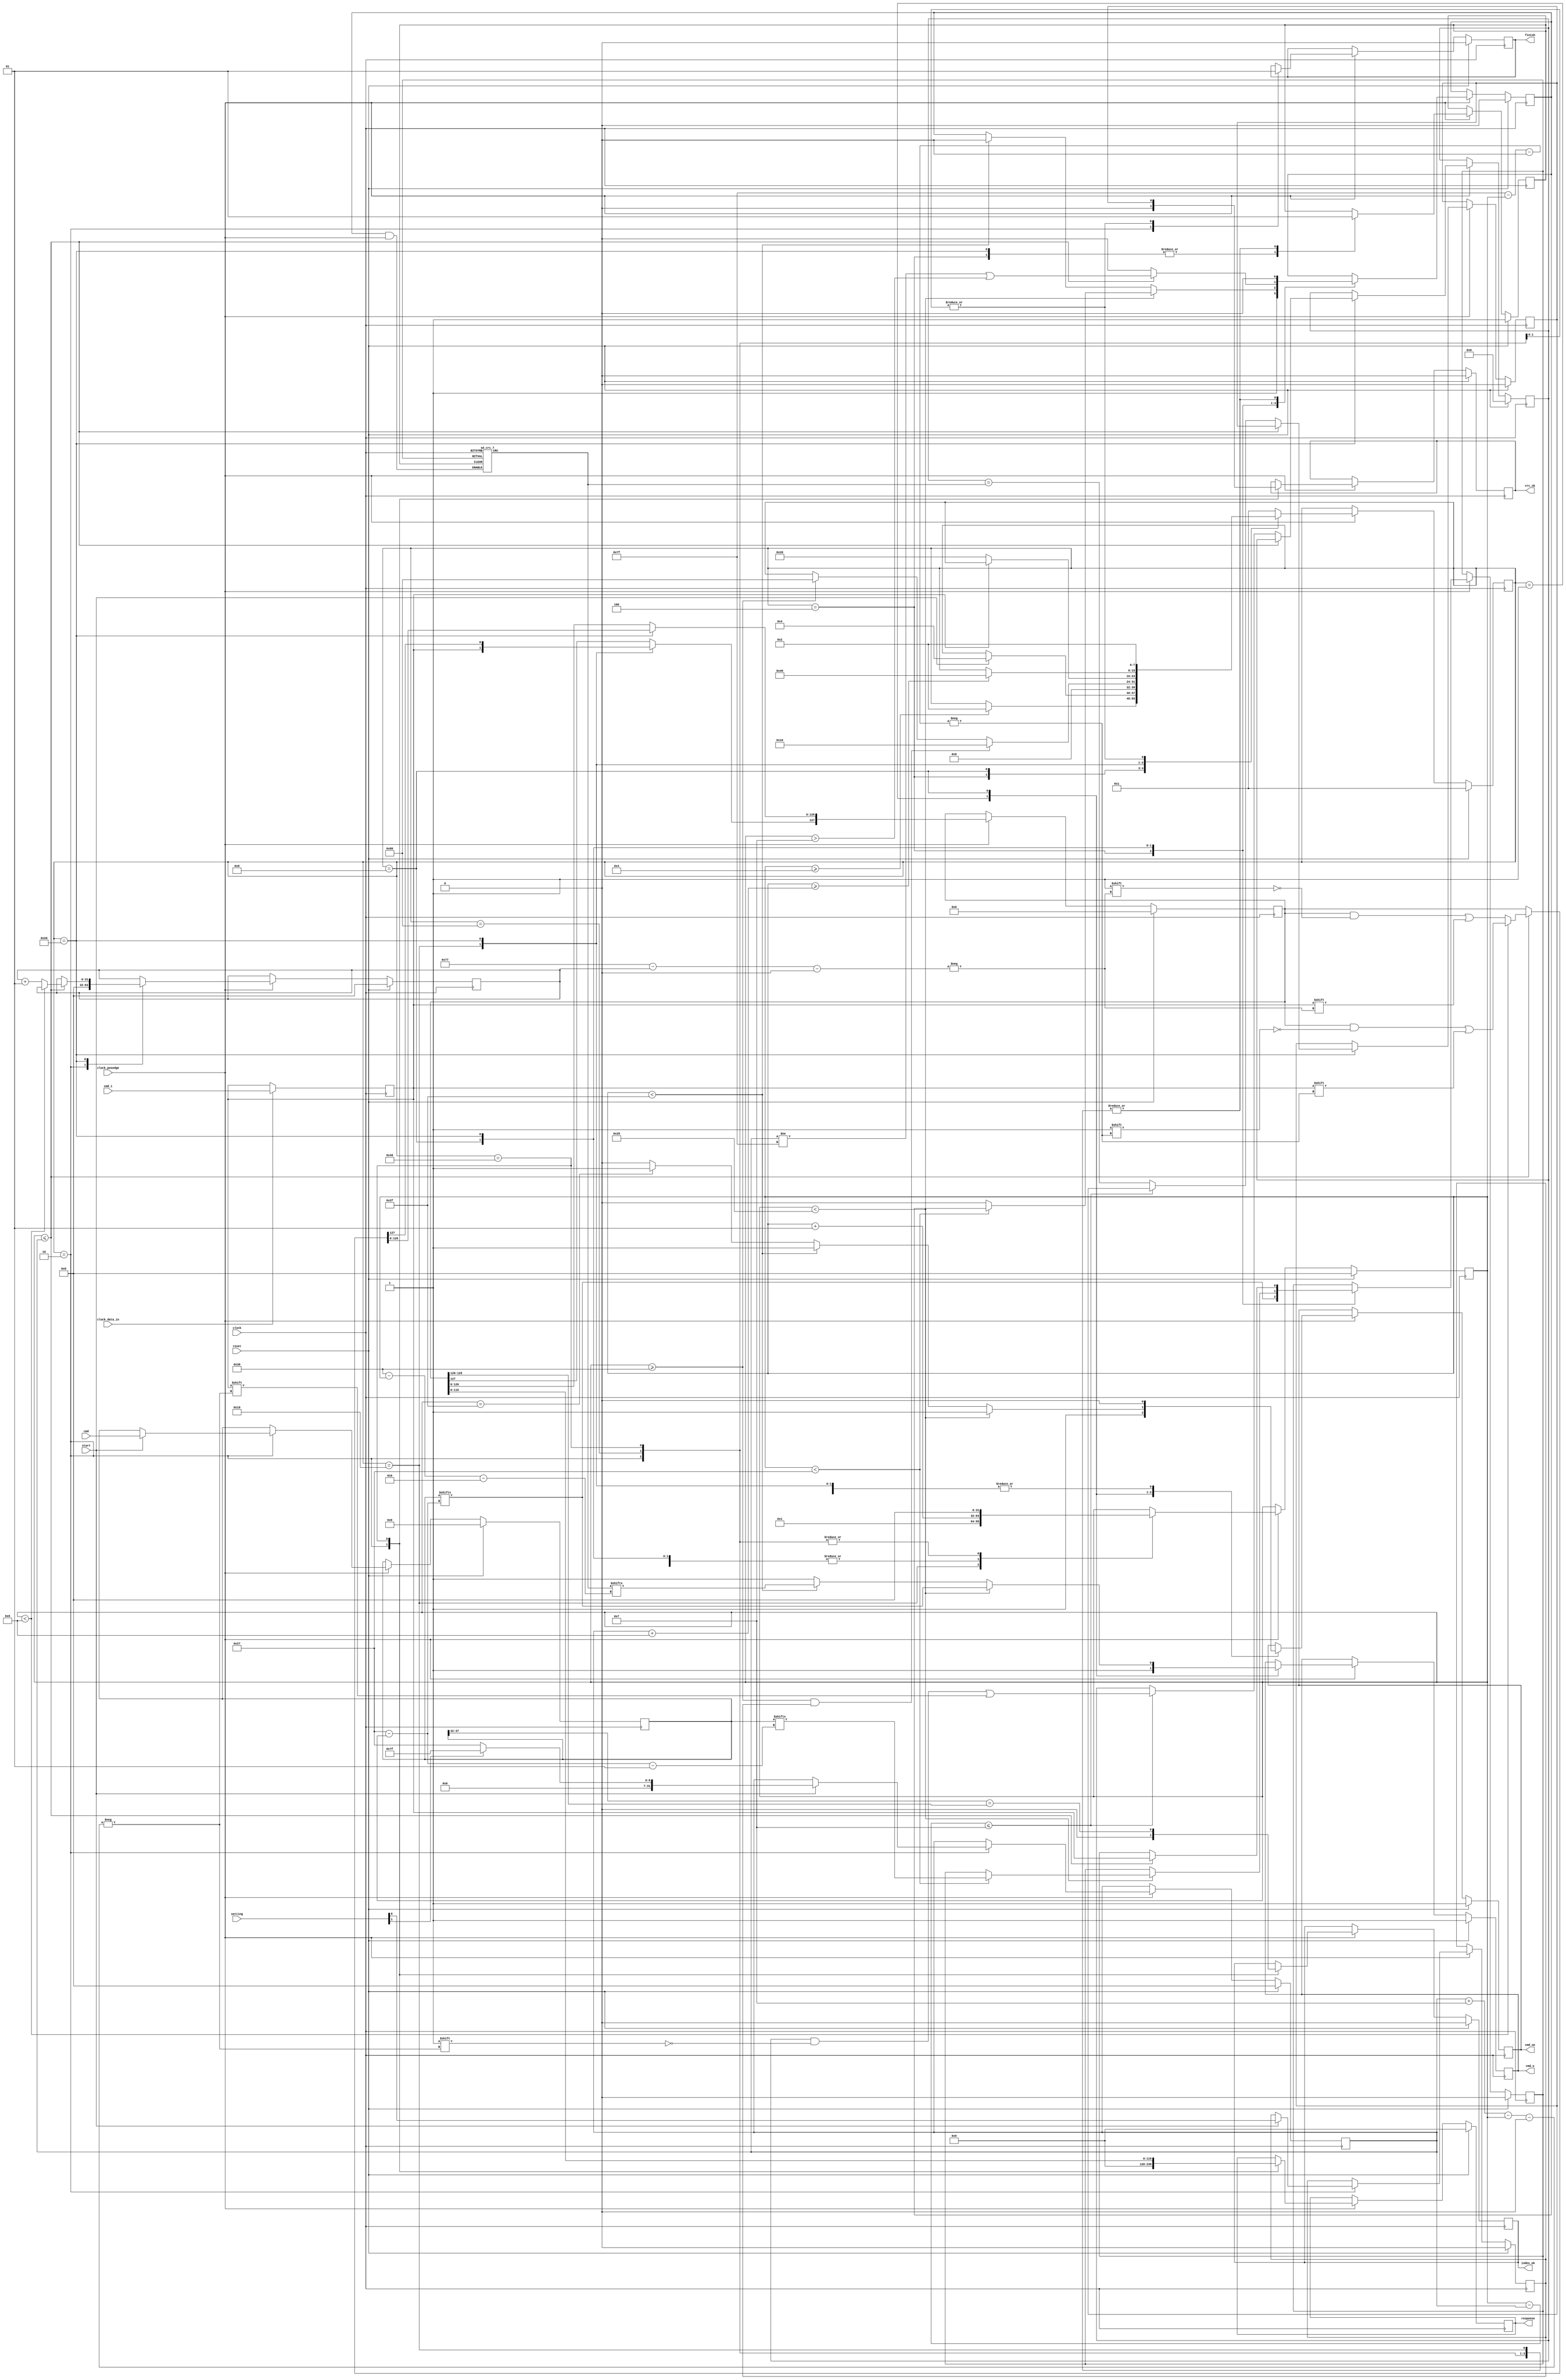
//////////////////////////////////////////////////////////////////////
////                                                              ////
//// Copyright (C) 2013-2022 Authors                              ////
////                                                              ////
//// Based on original work by                                    ////
////     Adam Edvardsson (adam.edvardsson@orsoc.se)               ////
////                                                              ////
////     Copyright (C) 2009 Authors                               ////
////                                                              ////
//// This source file may be used and distributed without         ////
//// restriction provided that this copyright statement is not    ////
//// removed from the file and that any derivative work contains  ////
//// the original copyright notice and the associated disclaimer. ////
////                                                              ////
//// This source file is free software; you can redistribute it   ////
//// and/or modify it under the terms of the GNU Lesser General   ////
//// Public License as published by the Free Software Foundation; ////
//// either version 2.1 of the License, or (at your option) any   ////
//// later version.                                               ////
////                                                              ////
//// This source is distributed in the hope that it will be       ////
//// useful, but WITHOUT ANY WARRANTY; without even the implied   ////
//// warranty of MERCHANTABILITY or FITNESS FOR A PARTICULAR      ////
//// PURPOSE. See the GNU Lesser General Public License for more  ////
//// details.                                                     ////
////                                                              ////
//// You should have received a copy of the GNU Lesser General    ////
//// Public License along with this source; if not, download it   ////
//// from https://www.gnu.org/licenses/                           ////
////                                                              ////
//////////////////////////////////////////////////////////////////////

module sd_cmd_serial_host (
    //---------------Input ports---------------
    input clock,
    input clock_posedge,
    input clock_data_in,
    input reset,
    input [1:0] setting,
    input [39:0] cmd,
    input start,
    input cmd_i,
    //---------------Output ports---------------
    output reg [119:0] response,
    output reg finish,
    output reg crc_ok,
    output reg index_ok,
    output reg cmd_oe,
    output reg cmd_o
);

//-------------Internal Constant-------------
parameter INIT_DELAY    = 4;
parameter BITS_TO_SEND  = 48;
parameter CMD_SIZE      = 40;
parameter RESP_SIZE     = 128;

//---------------Internal variable-----------
reg cmd_dat_reg;
integer resp_len;
reg with_response;
reg [CMD_SIZE-1:0] cmd_buff;
reg [RESP_SIZE-1:0] resp_buff;
integer resp_idx;
//CRC
reg crc_rst;
reg [6:0]crc_in;
wire [6:0] crc_val;
reg crc_enable;
reg crc_bit;
reg crc_match;
//-Internal Counterns
integer counter;
//-State Machine
parameter
    STATE_SIZE = 8,
    INIT      = 8'b00000001,
    IDLE      = 8'b00000010,
    SETUP_CRC = 8'b00000100,
    WRITE     = 8'b00001000,
    READ_WAIT = 8'b00010000,
    READ      = 8'b00100000,
    FINISH_WR = 8'b01000000,
    FINISH_WO = 8'b10000000;
reg [STATE_SIZE-1:0] state;

//Misc
`define cmd_idx  (CMD_SIZE-1-counter)

//sd cmd input pad register
always @(posedge clock) begin
    if (clock_data_in) cmd_dat_reg <= cmd_i;
end

//------------------------------------------
sd_crc_7 CRC_7(
    crc_bit,
    crc_enable & clock_posedge,
    clock,
    crc_rst,
    crc_val);

//------------------------------------------

always @(posedge clock) begin
    if (reset) begin
        resp_len <= 0;
        with_response <= 0;
        cmd_buff <= 0;
        crc_enable <= 0;
        resp_idx <= 0;
        cmd_oe <= 1;
        cmd_o <= 1;
        resp_buff <= 0;
        finish <= 0;
        crc_rst <= 1;
        crc_bit <= 0;
        crc_in <= 0;
        response <= 0;
        index_ok <= 0;
        crc_ok <= 0;
        crc_match <= 0;
        counter <= 0;
        state <= INIT;
    end else if (clock_posedge) begin
        case (state)
            INIT: begin
                counter <= counter+1;
                // Pull cmd line up
                cmd_oe <= 1;
                cmd_o <= 1;
                if (counter >= INIT_DELAY) state <= IDLE;
            end
            IDLE: begin
                cmd_oe <= 0;
                counter <= 0;
                crc_rst <= 1;
                crc_enable <= 0;
                response <= 0;
                resp_idx <= 0;
                crc_ok <= 0;
                index_ok <= 0;
                finish <= 0;
                if (start) begin
                    resp_len <= setting[1] ? 127 : 39;
                    with_response <= setting[0];
                    cmd_buff <= cmd;
                    state <= SETUP_CRC;
                end
            end
            SETUP_CRC: begin
                crc_rst <= 0;
                crc_enable <= 1;
                crc_bit <= cmd_buff[`cmd_idx];
                state <= WRITE;
            end
            WRITE: begin
                if (counter < BITS_TO_SEND-8) begin  // 1->40 CMD, (41 >= CNT && CNT <=47) CRC, 48 stop_bit
                    cmd_oe <= 1;
                    cmd_o <= cmd_buff[`cmd_idx];
                    if (counter < BITS_TO_SEND-9) begin //1 step ahead
                        crc_bit <= cmd_buff[`cmd_idx-1];
                    end else begin
                        crc_enable <= 0;
                    end
                end else if (counter < BITS_TO_SEND-1) begin
                    cmd_oe <= 1;
                    crc_enable <= 0;
                    cmd_o <= crc_val[BITS_TO_SEND-counter-2];
                end else if (counter == BITS_TO_SEND-1) begin
                    cmd_oe <= 1;
                    cmd_o <= 1'b1;
                end else begin
                    cmd_oe <= 0;
                    cmd_o <= 1'b1;
                end
                counter <= counter + 1;
                if (counter >= BITS_TO_SEND && with_response) state <= READ_WAIT;
                else if (counter >= BITS_TO_SEND) state <= FINISH_WO;
            end
            READ_WAIT: begin
                crc_enable <= 0;
                crc_rst <= 1;
                counter <= 1;
                cmd_oe <= 0;
                resp_buff[RESP_SIZE-1] <= cmd_dat_reg;
                if (!cmd_dat_reg) state <= READ;
            end
            FINISH_WO: begin
                finish <= 1;
                crc_enable <= 0;
                crc_rst <= 1;
                counter <= 0;
                cmd_oe <= 0;
                state <= IDLE;
            end
            READ: begin
                crc_rst <= 0;
                crc_enable <= (resp_len != RESP_SIZE-1 || counter > 7);
                cmd_oe <= 0;
                if (counter <= resp_len) begin
                    if (counter < 8) //1+1+6 (S,T,Index)
                        resp_buff[RESP_SIZE-1-counter] <= cmd_dat_reg;
                    else begin
                        resp_idx <= resp_idx + 1;
                        resp_buff[RESP_SIZE-9-resp_idx] <= cmd_dat_reg;
                    end
                    crc_bit <= cmd_dat_reg;
                end else if (counter-resp_len <= 7) begin
                    crc_in[(resp_len+7)-(counter)] <= cmd_dat_reg;
                    crc_enable <= 0;
                end else begin
                    crc_enable <= 0;
                    crc_match <= crc_in == crc_val;
                end
                counter <= counter + 1;
                if (counter >= resp_len+8) state <= FINISH_WR;
            end
            FINISH_WR: begin
                index_ok <= cmd_buff[37:32] == resp_buff[125:120];
                crc_ok <= crc_match;
                finish <= 1;
                crc_enable <= 0;
                crc_rst <= 1;
                counter <= 0;
                cmd_oe <= 0;
                response <= resp_buff[119:0];
                state <= IDLE;
            end
            default:
                state <= INIT;
        endcase
    end
end

endmodule

module sd_crc_7(
   input        BITVAL,                            // Next input bit
   input        ENABLE,                            // Enable calculation
   input        BITSTRB,                           // Current bit valid (Clock)
   input        CLEAR,                             // Init CRC value
   output reg [6:0] CRC                            // Current output CRC value
);

wire inv;
assign inv = BITVAL ^ CRC[6];

always @(posedge BITSTRB or posedge CLEAR) begin
    if (CLEAR) begin
        CRC <= 0;
    end else if (ENABLE == 1) begin
        CRC[6] <= CRC[5];
        CRC[5] <= CRC[4];
        CRC[4] <= CRC[3];
        CRC[3] <= CRC[2] ^ inv;
        CRC[2] <= CRC[1];
        CRC[1] <= CRC[0];
        CRC[0] <= inv;
    end
end

endmodule